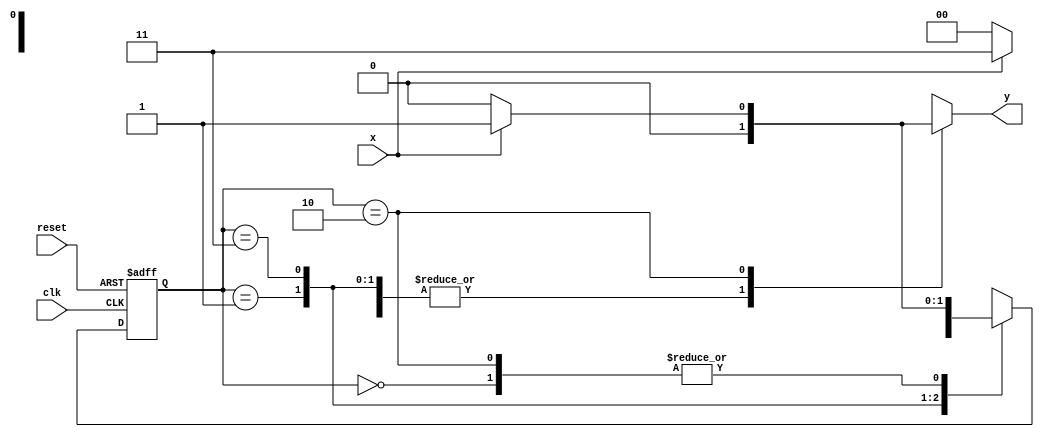
// ------------------------- 
// Exemplo0052 - Mealy 
// Nome: Guilherme Andrade Salum Terra 
// ------------------------- 

// -------------- 
// --- Mealy FSM 
// -------------- 

// constant definitions 
`define found 		1 
`define notfound 	0 

// FSM by Mealy 
module mealy1101 ( y, x, clk, reset ); 
output y; 
input x; 
input clk; 
input reset; 

reg y; 

parameter // state identifiers 
start = 2'b00, 
id1 = 2'b01, 
id11 = 2'b11, 
id110 = 2'b10; 

reg [1:0] E1; // current state variables 
reg [1:0] E2; // next state logic output 

// next state logic 
always @( x or E1 ) 
begin 
y = `notfound; 
case ( E1 ) 
start: 
if ( x ) 
E2 = id1; 
else 
E2 = start; 
id1: 
if ( x ) 
E2 = id11; 
else 
E2 = start; 
id11: 
if ( x ) 
E2 = id11; 
else 
E2 = id110; 
id110: 
if ( x ) 
begin 
E2 = id1; 
y = `found; 
end 
else 
begin 
E2 = start; 
y = `notfound; 
end 
default: // undefined state 
E2 = 2'bxx; 
endcase 
end // always at signal or state changing 

// state variables 
always @( posedge clk or negedge reset ) 
begin 
if ( reset ) 
E1 = E2; // updates current state 
else 
E1 = 0; // reset 
end // always at signal changing 

endmodule // mealy1101